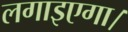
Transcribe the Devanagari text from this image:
लगाइएगा।